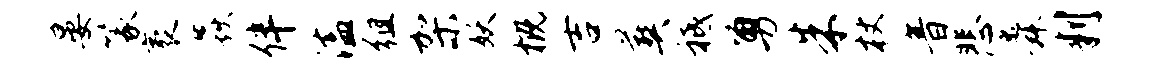
晏篆袤焱伴溘徂架妖概吉葬祗勇朱杖音悲舜判